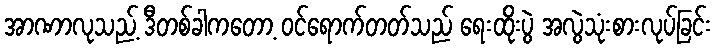
အာဏာလုသည့် ဒီတစ်ခါကတော့ ဝင်ရောက်တတ်သည် ရေးထိုးပွဲ အလွဲသုံးစားလုပ်ခြင်း